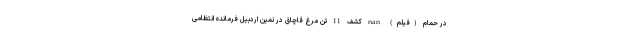
در حمام (فیلم) nan کشف 11 تن مرغ قاچاق در نمین اردبیل فرمانده انتظامی